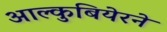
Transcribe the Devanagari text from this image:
आल्कुबियेरने